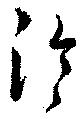
泠